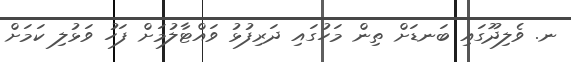
ނ. ވެލިދޫގައި ބަނޑަށް ތިން މަހުގައި ދަރިފުޅު ވައްޓާލުމަށް ފަހު ވަޅުލި ކަމަށް